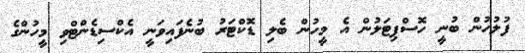
ފުލުހުން ބުނީ ހޮސްޕިޓަލުން އެ މީހުން ބެލި ޑޮކްޓަރު ބުނެފައިވަނީ އެކްސިޑެންޓްވި މީހުންގެ